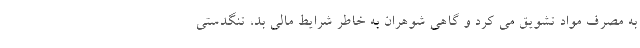
به مصرف مواد تشویق می کرد و گاهی شوهران به خاطر شرایط مالی بد، تنگدستی